Report of the Municipal Commissioner on the plague in Bombay for the year ending 31st May... - Volume 2
Disease focus: Plague
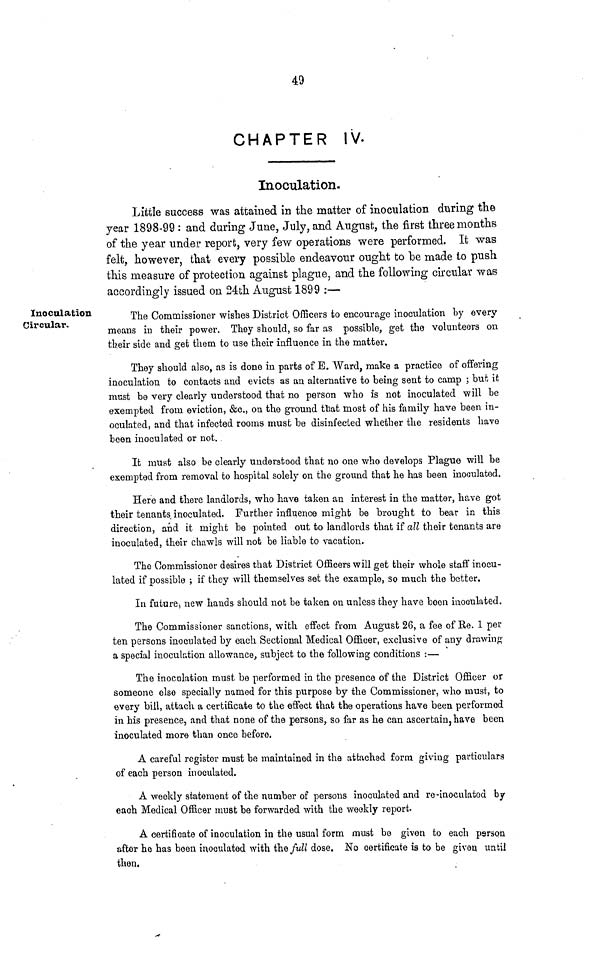
49
CHAPTER IV.
Inoculation.
Little success was attained in the matter of inoculation during the
year 1898-99 : and during June, July, and August, the first three months
of the year under report, very few operations were performed. It was
felt, however, that every possible endeavour ought to be made to push
this measure of protection against plague, and the following circular was
accordingly issued on 24th August 1899 :—
Inoculation
Circular.
The Commissioner wishes District Officers to encourage inoculation by every
means in their power. They should, so far as possible, get the volunteers on
tbeir side and get them to use their influence in the matter.
They should also, as is done in parts of E. Ward, make a practice of offering
inoculation to contacts and evicts as an alternative to being sent to camp ; but it
must be very clearly understood that no person who is not inoculated will be
exempted from eviction, &c., on the ground that most of his family have been in-
oculated, and that infected rooms must be disinfected whether the residents have
been inoculated or not.
It must also be clearly understood that no one who develops Plague will be
exempted from removal to hospital solely on the ground that he has been inoculated.
Here and there landlords, who have taken an interest in the matter, have got
their tenants inoculated. Further influence might be brought to bear in this
direction, and it might be pointed out to landlords that if all their tenants are
inoculated, their chawls will not be liable to vacation.
The Commissioner desires that District Officers will get their whole staff inocu-
lated if possible ; if they will themselves set the example, so much the better.
In future, new hands should not be taken on unless they have been inoculated.
The Commissioner sanctions, with effect from August 26, a fee of Re. 1 per
ten persons inoculated by each Sectional Medical Officer, exclusive of any drawing
a special inoculation allowance, subject to the following conditions :—
The inoculation must be performed in the presence of the District Officer or
someone else specially named for this purpose by the Commissioner, who must, to
every bill, attach a certificate to the effect that the operations have been performed
in his presence, and that none of the persons, so far as he can ascertain, have been
inoculated more than once before.
A careful register must be maintained in the attached form giving particulars
of each person inoculated.
A weekly statement of the number of persons inoculated and re-inoculated by
each Medical Officer must be forwarded with the weekly report.
A certificate of inoculation in the usual form must be given to each person
after he has been inoculated with the full dose. No certificate is to be given until
then.